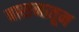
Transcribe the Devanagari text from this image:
बासनातून